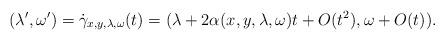
LaTeX: \begin{align*}(\lambda',\omega')=\dot{\gamma}_{x,y,\lambda,\omega}(t) = (\lambda + 2\alpha(x,y,\lambda,\omega)t+O(t^2),\omega+O(t)).\end{align*}